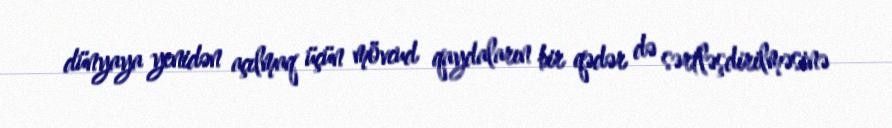
dünyaya yenidən açılmaq üçün mövcud qaydaların bir qədər də sərtləşdirilməsinə